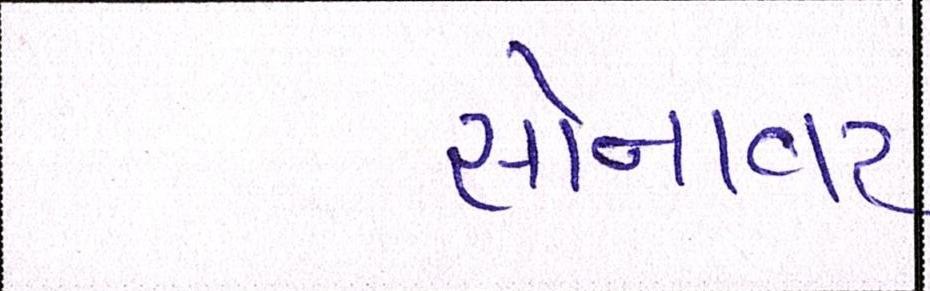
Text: સોનાવર